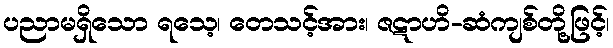
ပညာမရှိသော ရသေ့၊ တေသင့်အား၊ ဇဋာဟိ-ဆံကျစ်တို့ဖြင့်၊